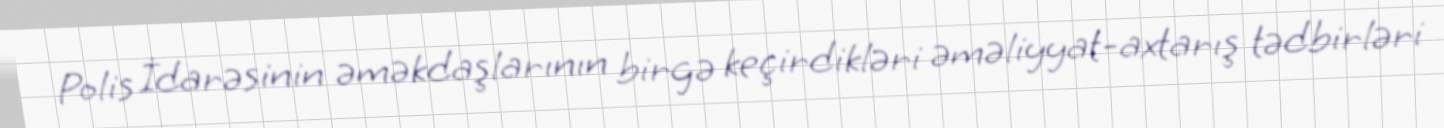
Polis İdarəsinin əməkdaşlarının birgə keçirdikləri əməliyyat-axtarış tədbirləri